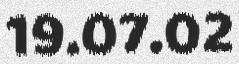
19.07.02